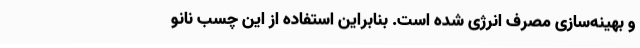
و بهینه‌سازی مصرف انرژی شده است. بنابراین استفاده از این چسب نانو